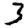
Digit: 3